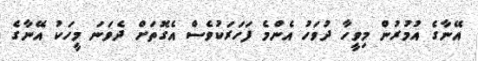
އޭނާގެ އުމުރުން މިވީހާ ދުވަހު އެންމެ ފަހަރަކުވެސް އެގޮތަށް ދެވަނަ މީހަކު އޭނާގެ